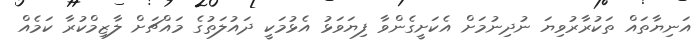
އަނިޔާތައް ތަކުރާރުވިޔަ ނުދިނުމަށް އެކަށީގެންވާ ފިޔަވަޅު އެޅުމަކީ ދައުލަތުގެ މައްޗަށް ލާޒިމްކުރާ ކަމެއް